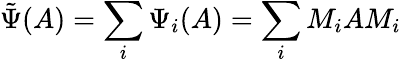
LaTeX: {\tilde{\Psi}}(A)=\sum_{i}\Psi_{i}(A)=\sum_{i}M_{i}AM_{i}